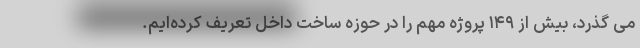
می گذرد، بیش از ۱۴۹ پروژه مهم را در حوزه ساخت داخل تعریف کرده‌ایم.